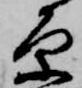
原